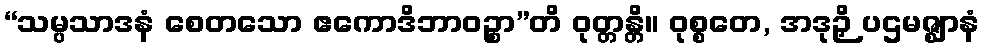
“သမ္ပသာဒနံ စေတသော ဧကောဒိဘာဝဉ္စာ”တိ ဝုတ္တန္တိ။ ဝုစ္စတေ, အဒုဉှိ ပဌမဇ္ဈာနံ